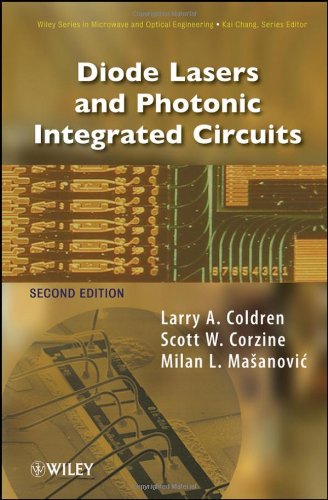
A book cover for Diode Lasers and Photonic Integrated Circuits; Larry A. Coldren; Science & Math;